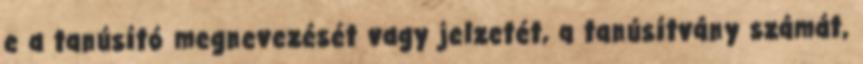
e a tanúsító megnevezését vagy jelzetét, a tanúsítvány számát,